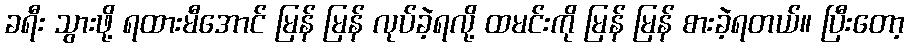
ခရီး သွားဖို့ ရထားမီအောင် မြန် မြန် လုပ်ခဲ့ရလို့ ထမင်းကို မြန် မြန် စားခဲ့ရတယ်။ ပြီးတော့